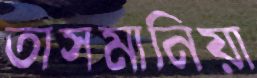
তাসমানিয়া